Indian journal of veterinary science and animal husbandry - Volumes 22-23, 1952-1953
Year: 1952
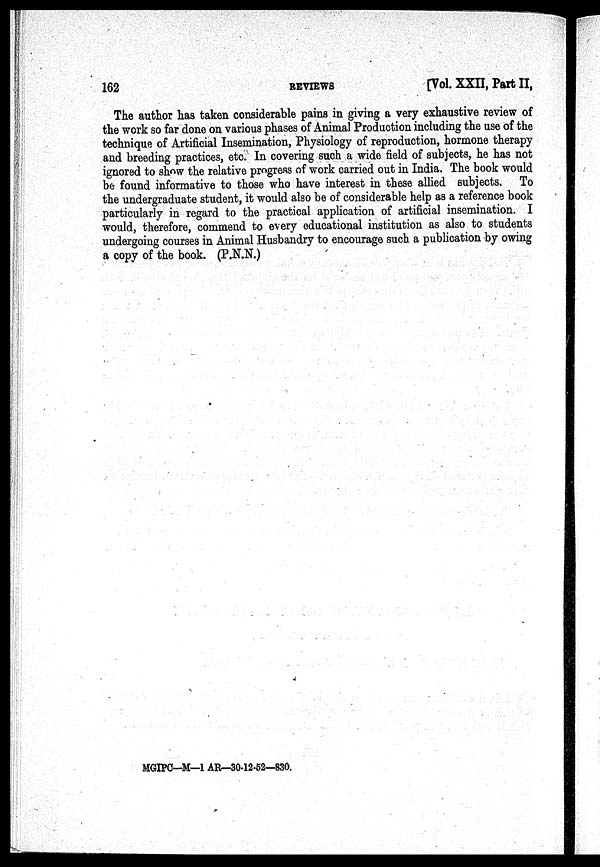
162
REVIEWS
[Vol. XXII, Part II,
The author has taken considerable pains in giving a very exhaustive review of
the work so far done on various phases of Animal Production including the use of the
technique of Artificial Insemination, Physiology of reproduction, hormone therapy
and breeding practices, etc. In covering such a wide field of subjects, he has not
ignored to show the relative progress of work carried out in India. The book would
be found informative to those who have interest in these allied subjects. To
the undergraduate student, it would also be of considerable help as a reference book
particularly in regard to the practical application of artificial insemination. I
would, therefore, commend to every educational institution as also to students
undergoing courses in Animal Husbandry to encourage such a publication by owing
a copy of the book. (P.N.N.)
MGIPC—M—1 AR—30-12-52—830.